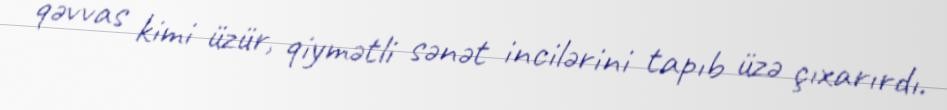
qəvvas kimi üzür, qiymətli sənət incilərini tapıb üzə çıxarırdı.